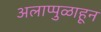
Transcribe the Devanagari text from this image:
अलाप्पुळाहून